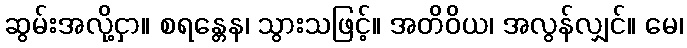
ဆွမ်းအလို့ငှာ။ စရန္တေန၊ သွားသဖြင့်။ အတိဝိယ၊ အလွန်လျှင်။ မေ၊